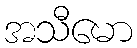
အသီမော